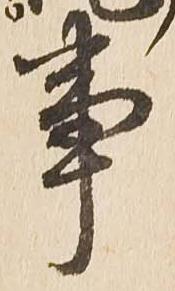
事